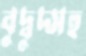
বুদ্বুদ্সহ